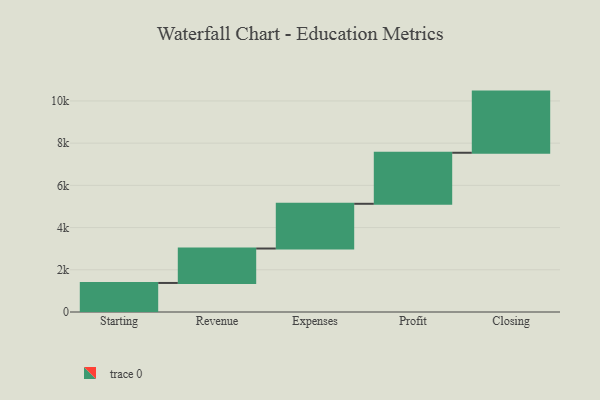
{"axis": {"x": "Step", "y": "Value"}, "legend": [""], "data": [{"x": "Starting", "y": 1376.0, "type": ""}, {"x": "Revenue", "y": 1632.0, "type": ""}, {"x": "Expenses", "y": 2119.0, "type": ""}, {"x": "Profit", "y": 2418.0, "type": ""}, {"x": "Closing", "y": 2898.0, "type": ""}]}